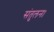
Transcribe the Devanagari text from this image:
संतुलन।